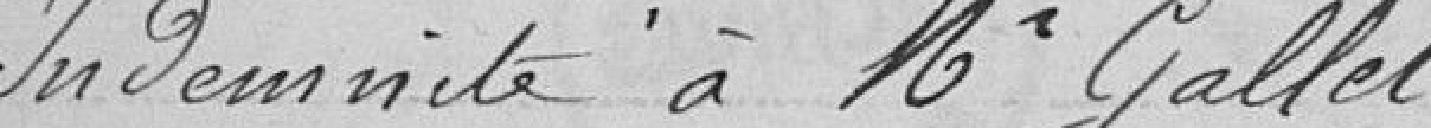
Indemnité à Monsieur Gallet